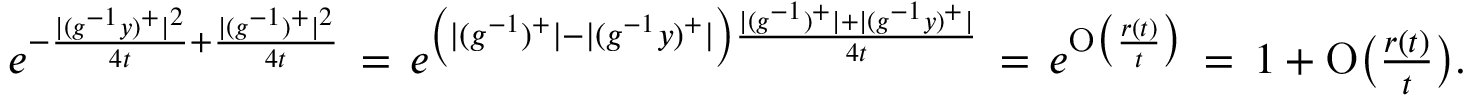
\begin{array} { r } { e ^ { - \frac { | ( g ^ { - 1 } y ) ^ { + } | ^ { 2 } } { 4 t } + \frac { | ( g ^ { - 1 } ) ^ { + } | ^ { 2 } } { 4 t } } \, = \, e ^ { \left( | ( g ^ { - 1 } ) ^ { + } | - | ( g ^ { - 1 } y ) ^ { + } | \right) \frac { | ( g ^ { - 1 } ) ^ { + } | + | ( g ^ { - 1 } y ) ^ { + } | } { 4 t } } \, = \, e ^ { \mathrm { O } \big ( \frac { r ( t ) } { t } \big ) } \, = \, 1 + \mathrm { O } \big ( \frac { r ( t ) } { t } \big ) . } \end{array}